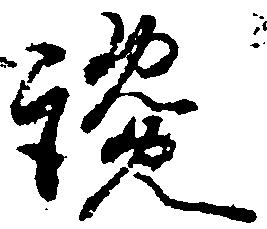
讒